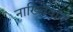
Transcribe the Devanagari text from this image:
नाख्चिवान